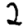
Digit: 2